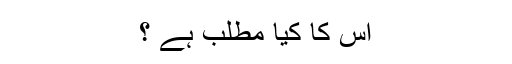
اس کا کیا مطلب ہے ؟